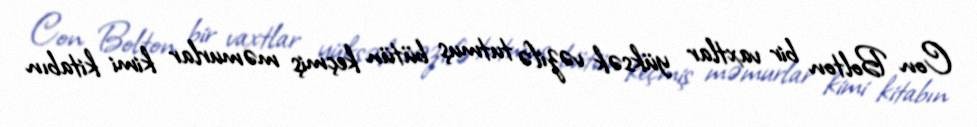
Con Bolton bir vaxtlar yüksək vəzifə tutmuş bütün keçmiş məmurlar kimi kitabın